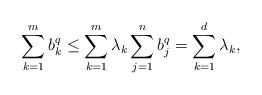
LaTeX: \begin{align*}\sum_{k=1}^{m}b_k^q\leq \sum_{k=1}^{m}\lambda_k \sum_{j=1}^{n}b_j^q= \sum_{k=1}^{d}\lambda_k,\end{align*}